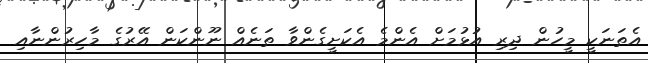
އެތަނަކީ މީހުން ދިރި އުޅުމަށް އެންމެ އެކަށީގެންވާ ތަނެއް ނޫންކަން އޭރުގެ މާހިރުންނާއި